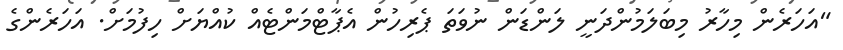
"އަހަރެން މިހާރު މިބަލަމުންދަނީ ލަންޑަން ނުވަތަ ޕެރިހުން އެޕާޓްމަންޓެއް ކުއްޔަށް ހިފުމަށް. އަހަރެންގެ